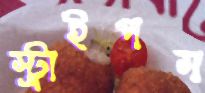
স্ট্রাইপস